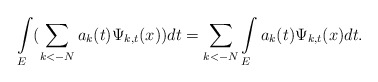
\begin{align*}\int\limits_{E}(\sum_{k<-N}a_{k}(t)\Psi_{k,t}(x))dt=\sum_{k<-N}\int\limits_{E}a_{k}(t)\Psi_{k,t}(x)dt.\end{align*}